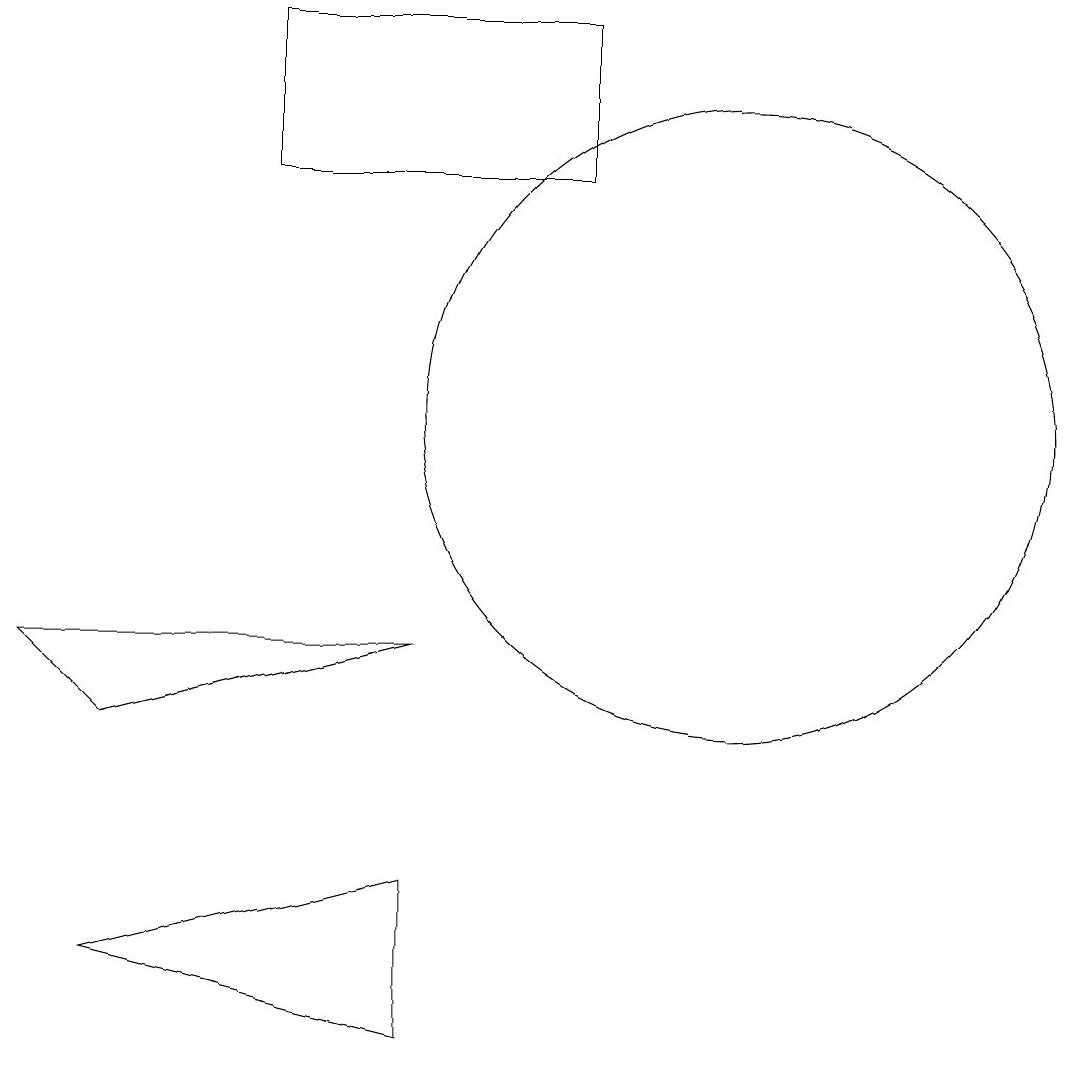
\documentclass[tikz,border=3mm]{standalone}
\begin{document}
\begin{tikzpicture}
\draw (7,3) -- (3,4) -- (7,5) -- cycle;
\draw (11,11) circle (4);
\draw (7,8) -- (2,8) -- (3,7) -- cycle;
\draw (9,16) rectangle (5,14);
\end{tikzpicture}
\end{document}